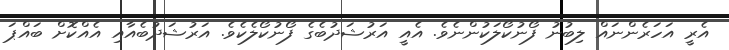
އެރީ އަހަރެންނައް ލިބުނު ފޯނުކޯލަކުންނެވެ. އެއީ އަރުޝަދުބެގެ ފޯނުކޯލެކެވެ. އަރުޝަދުބެއާއި އެއްކޮށް ބައްޕަ